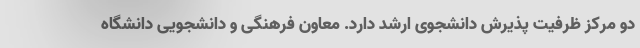
دو مرکز ظرفیت پذیرش دانشجوی ارشد دارد. معاون فرهنگی و دانشجویی دانشگاه